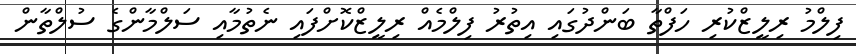
ފިލްމު ރިލީޒްކުރި ހަފްތާ ބަންދުގައި އިތުރު ފިލްމެއް ރިލީޒްކޮށްފައި ނެތުމާއި ސަލްމާންގެ ސުލްތާން